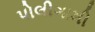
પોલીગામી